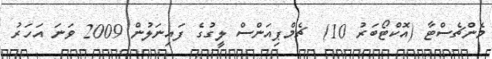
މެންޗެސްޓާ (އޮކްޓޯބަރު 10)  ޗެމްޕިއަންސް ލީގުގެ ފައިނަލުން 2009 ވަނަ އަހަރު